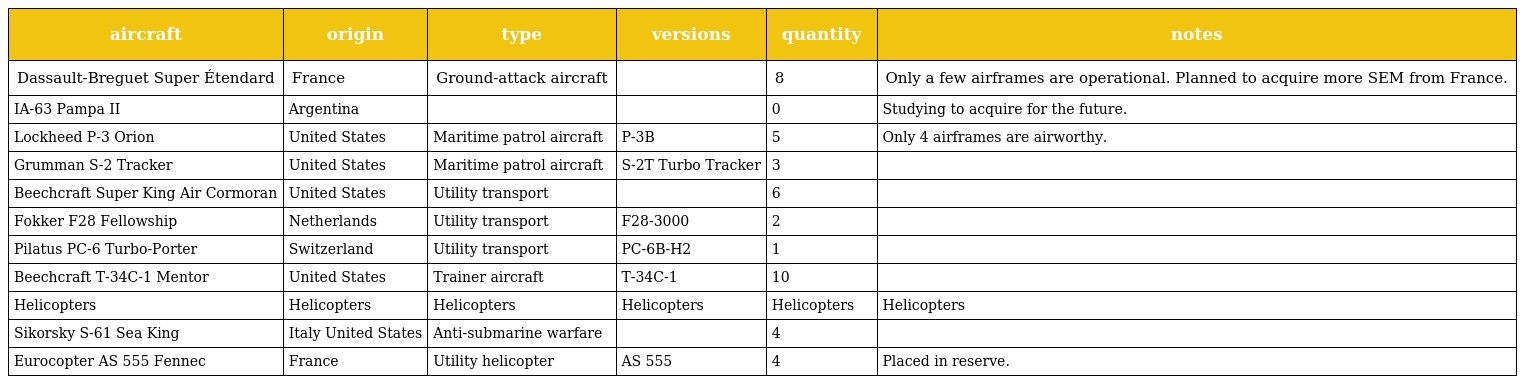
| aircraft | origin | type | versions | quantity | notes |
 | --- | --- | --- | --- | --- | --- |
 | Dassault-Breguet Super Étendard | France | Ground-attack aircraft |  | 8 | Only a few airframes are operational. Planned to acquire more SEM from France. |
 | IA-63 Pampa II | Argentina |  |  | 0 | Studying to acquire for the future. |
 | Lockheed P-3 Orion | United States | Maritime patrol aircraft | P-3B | 5 | Only 4 airframes are airworthy. |
 | Grumman S-2 Tracker | United States | Maritime patrol aircraft | S-2T Turbo Tracker | 3 |  |
 | Beechcraft Super King Air Cormoran | United States | Utility transport |  | 6 |  |
 | Fokker F28 Fellowship | Netherlands | Utility transport | F28-3000 | 2 |  |
 | Pilatus PC-6 Turbo-Porter | Switzerland | Utility transport | PC-6B-H2 | 1 |  |
 | Beechcraft T-34C-1 Mentor | United States | Trainer aircraft | T-34C-1 | 10 |  |
 | Helicopters | Helicopters | Helicopters | Helicopters | Helicopters | Helicopters |
 | Sikorsky S-61 Sea King | Italy United States | Anti-submarine warfare |  | 4 |  |
 | Eurocopter AS 555 Fennec | France | Utility helicopter | AS 555 | 4 | Placed in reserve. |